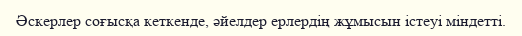
Әскерлер соғысқа кеткенде, әйелдер ерлердің жұмысын істеуі міндетті.